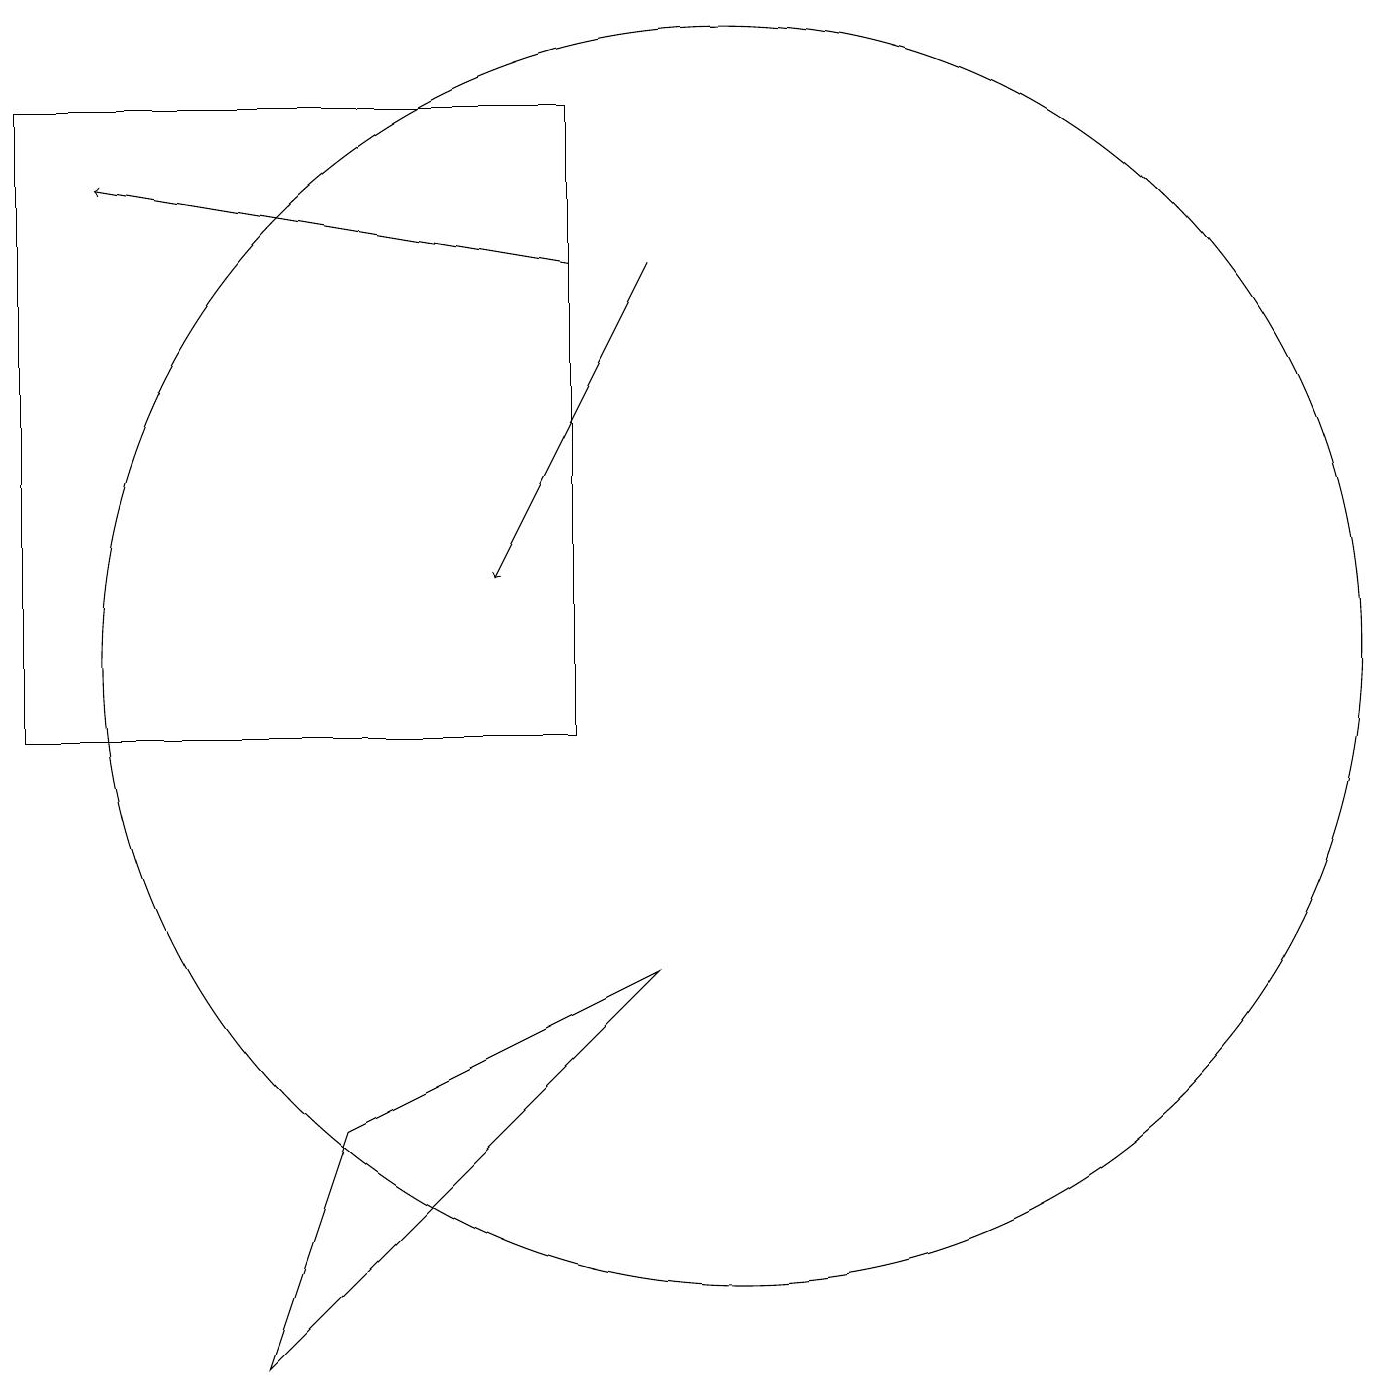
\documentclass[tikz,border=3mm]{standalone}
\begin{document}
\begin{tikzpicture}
\draw (8,18) rectangle (1,10);
\draw[->] (8,16) -- (2,17);
\draw (5,5) -- (9,7) -- (4,2) -- cycle;
\draw[->] (9,16) -- (7,12);
\draw (10,11) circle (8);
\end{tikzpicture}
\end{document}